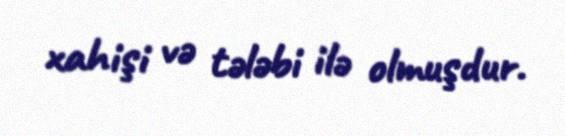
xahişi və tələbi ilə olmuşdur.